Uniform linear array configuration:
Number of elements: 24
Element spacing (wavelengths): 0.75
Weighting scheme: blackman
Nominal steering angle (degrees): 45
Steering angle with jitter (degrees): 44.374
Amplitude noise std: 0.05
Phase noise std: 0.05

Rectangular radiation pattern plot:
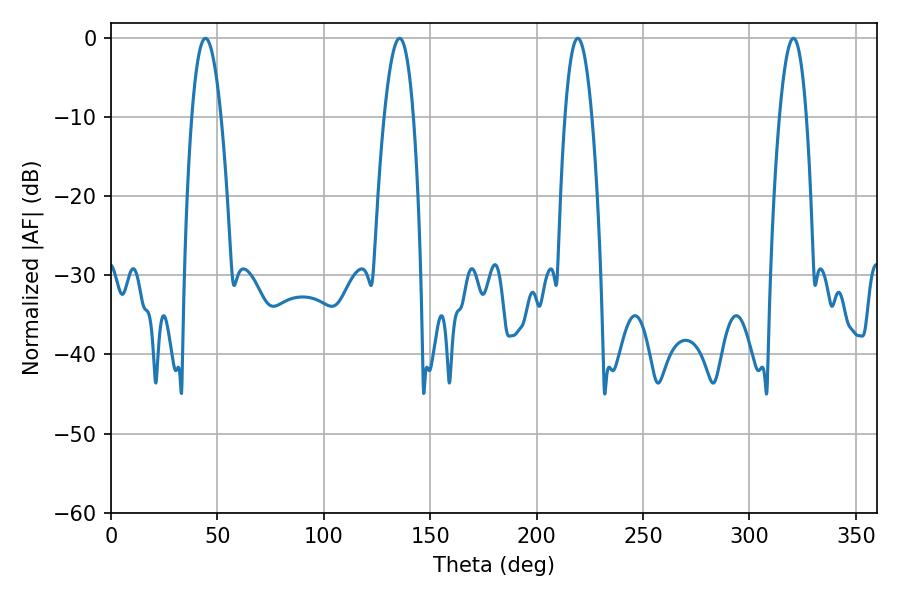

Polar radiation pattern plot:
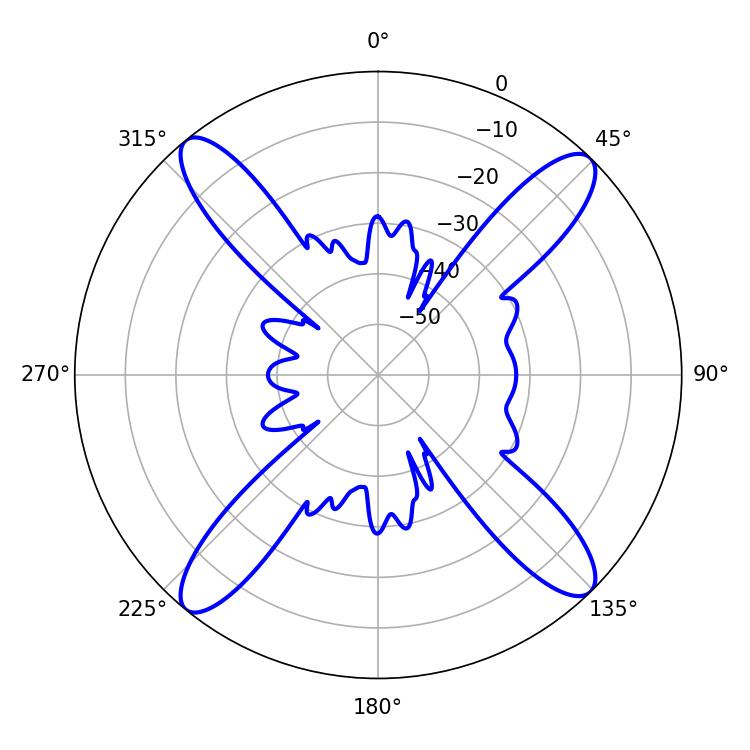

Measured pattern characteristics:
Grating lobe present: TRUE
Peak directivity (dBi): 17.767
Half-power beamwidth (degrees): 7.56
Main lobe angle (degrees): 44.46